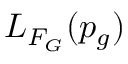
L _ { F _ { G } } ( p _ { g } )